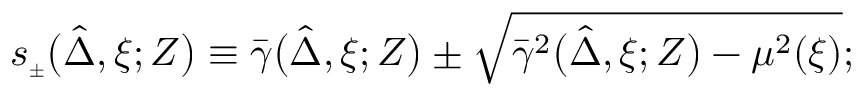
s _ { { \scriptscriptstyle \pm } } \big ( \hat { \Delta } , \xi ; Z \big ) \equiv \bar { \gamma } \big ( \hat { \Delta } , \xi ; Z \big ) \pm \sqrt { \bar { \gamma } ^ { 2 } \big ( \hat { \Delta } , \xi ; Z \big ) - \mu ^ { 2 } ( \xi ) } ;